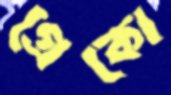
গ্রেকো